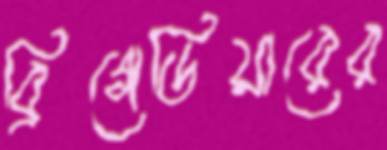
ব্রিগেডিয়ারের